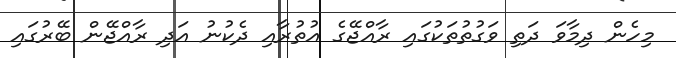
މިހެން ދިމާވަ ދަތި ވަގުތުތަކުގައި ރާއްޖޭގެ އުތުރާއި ދެކުނު އަދި ރާއްޖޭން ބޭރުގައި